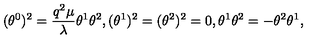
( \theta ^ { 0 } ) ^ { 2 } = \frac { q ^ { 2 } \mu } { \lambda } \theta ^ { 1 } \theta ^ { 2 } , ( \theta ^ { 1 } ) ^ { 2 } = ( \theta ^ { 2 } ) ^ { 2 } = 0 , \theta ^ { 1 } \theta ^ { 2 } = - \theta ^ { 2 } \theta ^ { 1 } ,